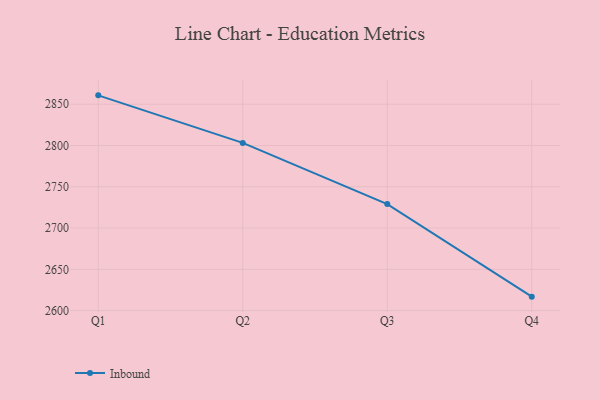
{"axis": {"x": "Quarter", "y": "Active Users"}, "legend": ["Inbound"], "data": [{"x": "Q1", "y": 2860.7, "type": "Inbound"}, {"x": "Q2", "y": 2803.1, "type": "Inbound"}, {"x": "Q3", "y": 2729.0, "type": "Inbound"}, {"x": "Q4", "y": 2616.9, "type": "Inbound"}]}